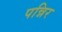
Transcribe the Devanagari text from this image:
पन्निर